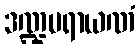
ဒဏ္ဍပရာယဏံ